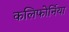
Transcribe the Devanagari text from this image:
कलिफोर्निया